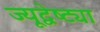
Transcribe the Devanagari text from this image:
ज्यूद्वेष्ट्या